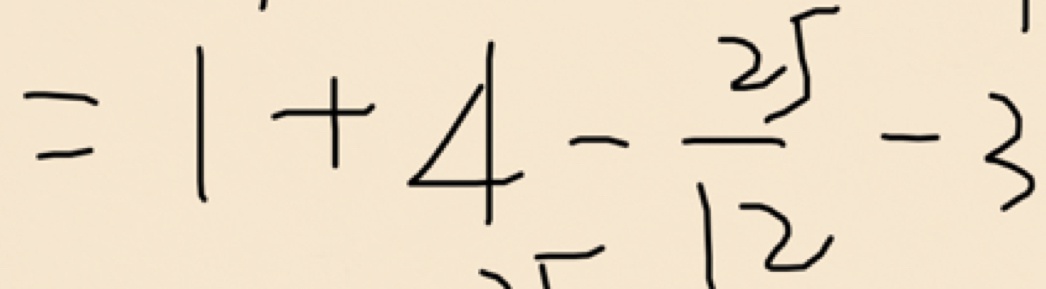
= 1 + 4 - \frac { 2 5 } { 1 2 } - 3